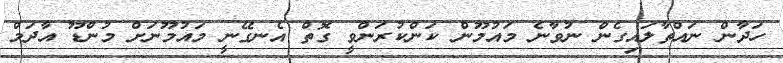
ހަދާން ނައްތާލައިގެން ނުވާނެ މައުމޫން ކަންކުރަންވީ ގޮތް އެނގޭނީ މައުމޫނަށް މުންޑޫ އާދަމް